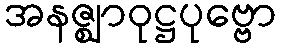
အနဇ္ဈာဝုဋ္ဌပုဗ္ဗော